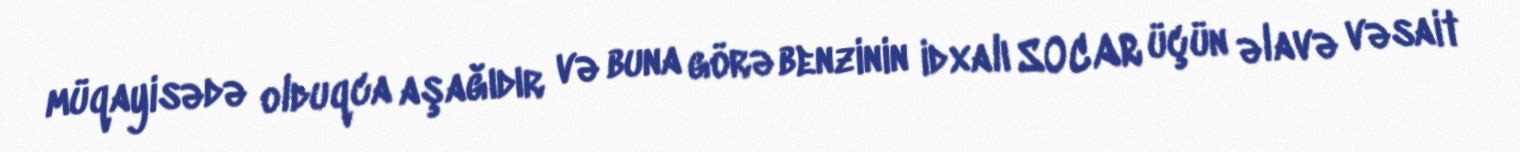
müqayisədə olduqca aşağıdır və buna görə benzinin idxalı SOCAR üçün əlavə vəsait